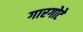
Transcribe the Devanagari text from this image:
गारगोटे